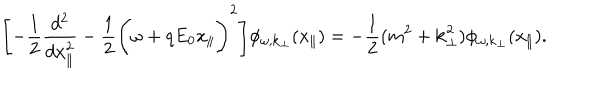
\Biggl [ - \frac { 1 } { 2 } \frac { d ^ { 2 } } { d x _ { \parallel } ^ { 2 } } - \frac { 1 } { 2 } \Biggl ( \omega + q E _ { 0 } x _ { \parallel } \Biggr ) ^ { 2 } \Biggr ] \phi _ { \omega , { \bf k } _ { \perp } } ( x _ { \parallel } ) = - \frac { 1 } { 2 } ( m ^ { 2 } + { \bf k } _ { \perp } ^ { 2 } ) \phi _ { \omega , { \bf k } _ { \perp } } ( x _ { \parallel } ) .